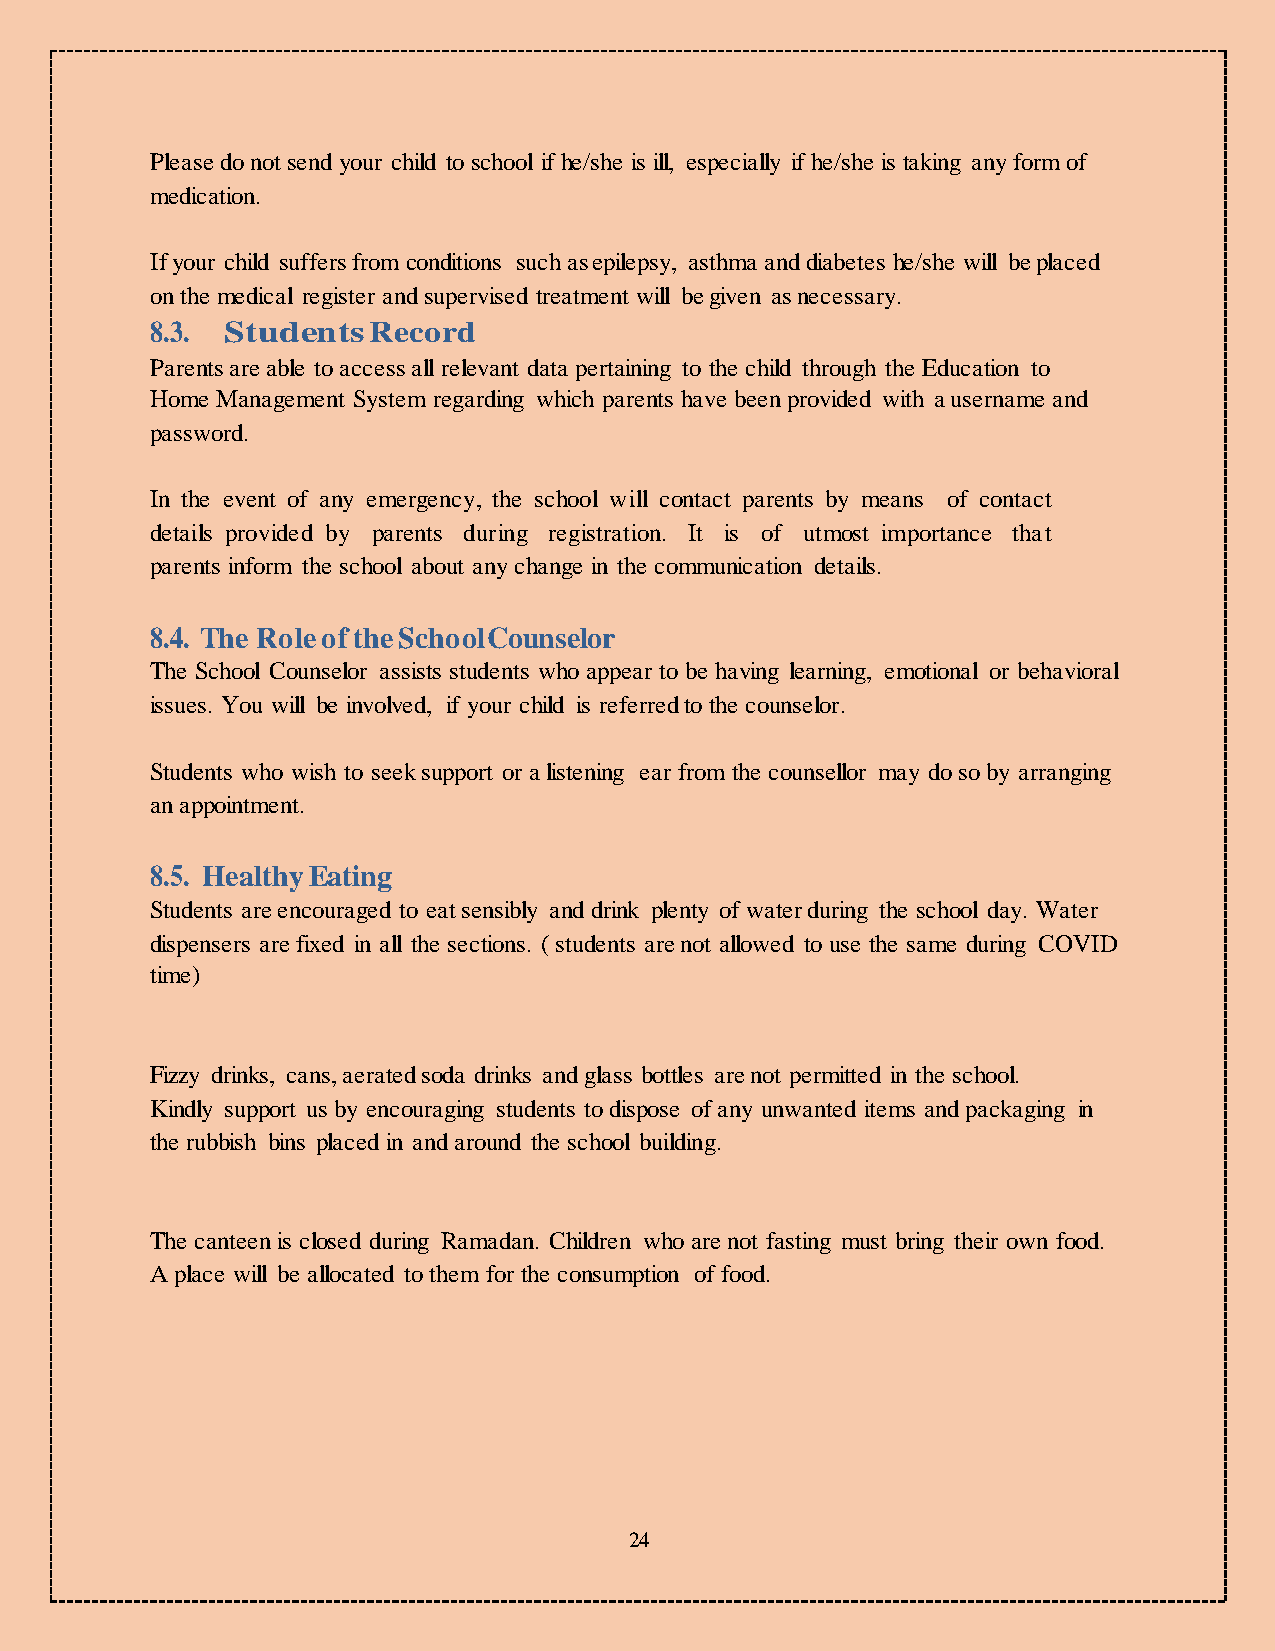
Please do not send your child to school if he/she is ill, especially if he/she is taking any form of
 medication.
 If your child suffers from conditions such as epilepsy, asthma and diabetes he/she will be placed
 on the medical register and supervised treatment will be given as necessary.
 8.3. Students Record
 Parents are able to access all relevant data pertaining to the child through the Education to
 Home Management System regarding which parents have been provided with a username and
 password.
 In the event of any emergency, the school will contact parents by means of contact
 details provided by parents during registration. It is of utmost importance that
 parents inform the school about any change in the communication details.
 8.4. The Role of the School Counselor
 The School Counselor assists students who appear to be having learning, emotional or behavioral
 issues. You will be involved, if your child is referred to the counselor.
 Students who wish to seek support or a listening ear from the counsellor may do so by arranging
 an appointment.
 8.5. Healthy Eating
 Students are encouraged to eat sensibly and drink plenty of water during the school day. Water
 dispensers are fixed in all the sections. ( students are not allowed to use the same during COVID
 time)
 Fizzy drinks, cans, aerated soda drinks and glass bottles are not permitted in the school.
 Kindly support us by encouraging students to dispose of any unwanted items and packaging in
 the rubbish bins placed in and around the school building.
 The canteen is closed during Ramadan. Children who are not fasting must bring their own food.
 A place will be allocated to them for the consumption of food.
 24